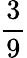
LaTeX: \frac{3}{9}